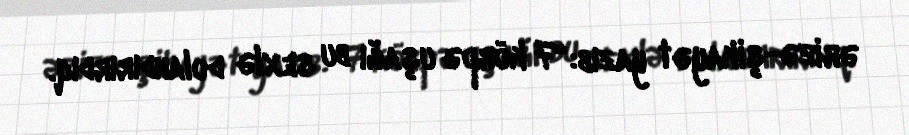
ərizə-şikayət yazıb: “7 körpə uşağı bu sexlə dolandırırdıq.